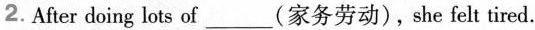
2.After doing lots of___(家务劳动), she felt tired.